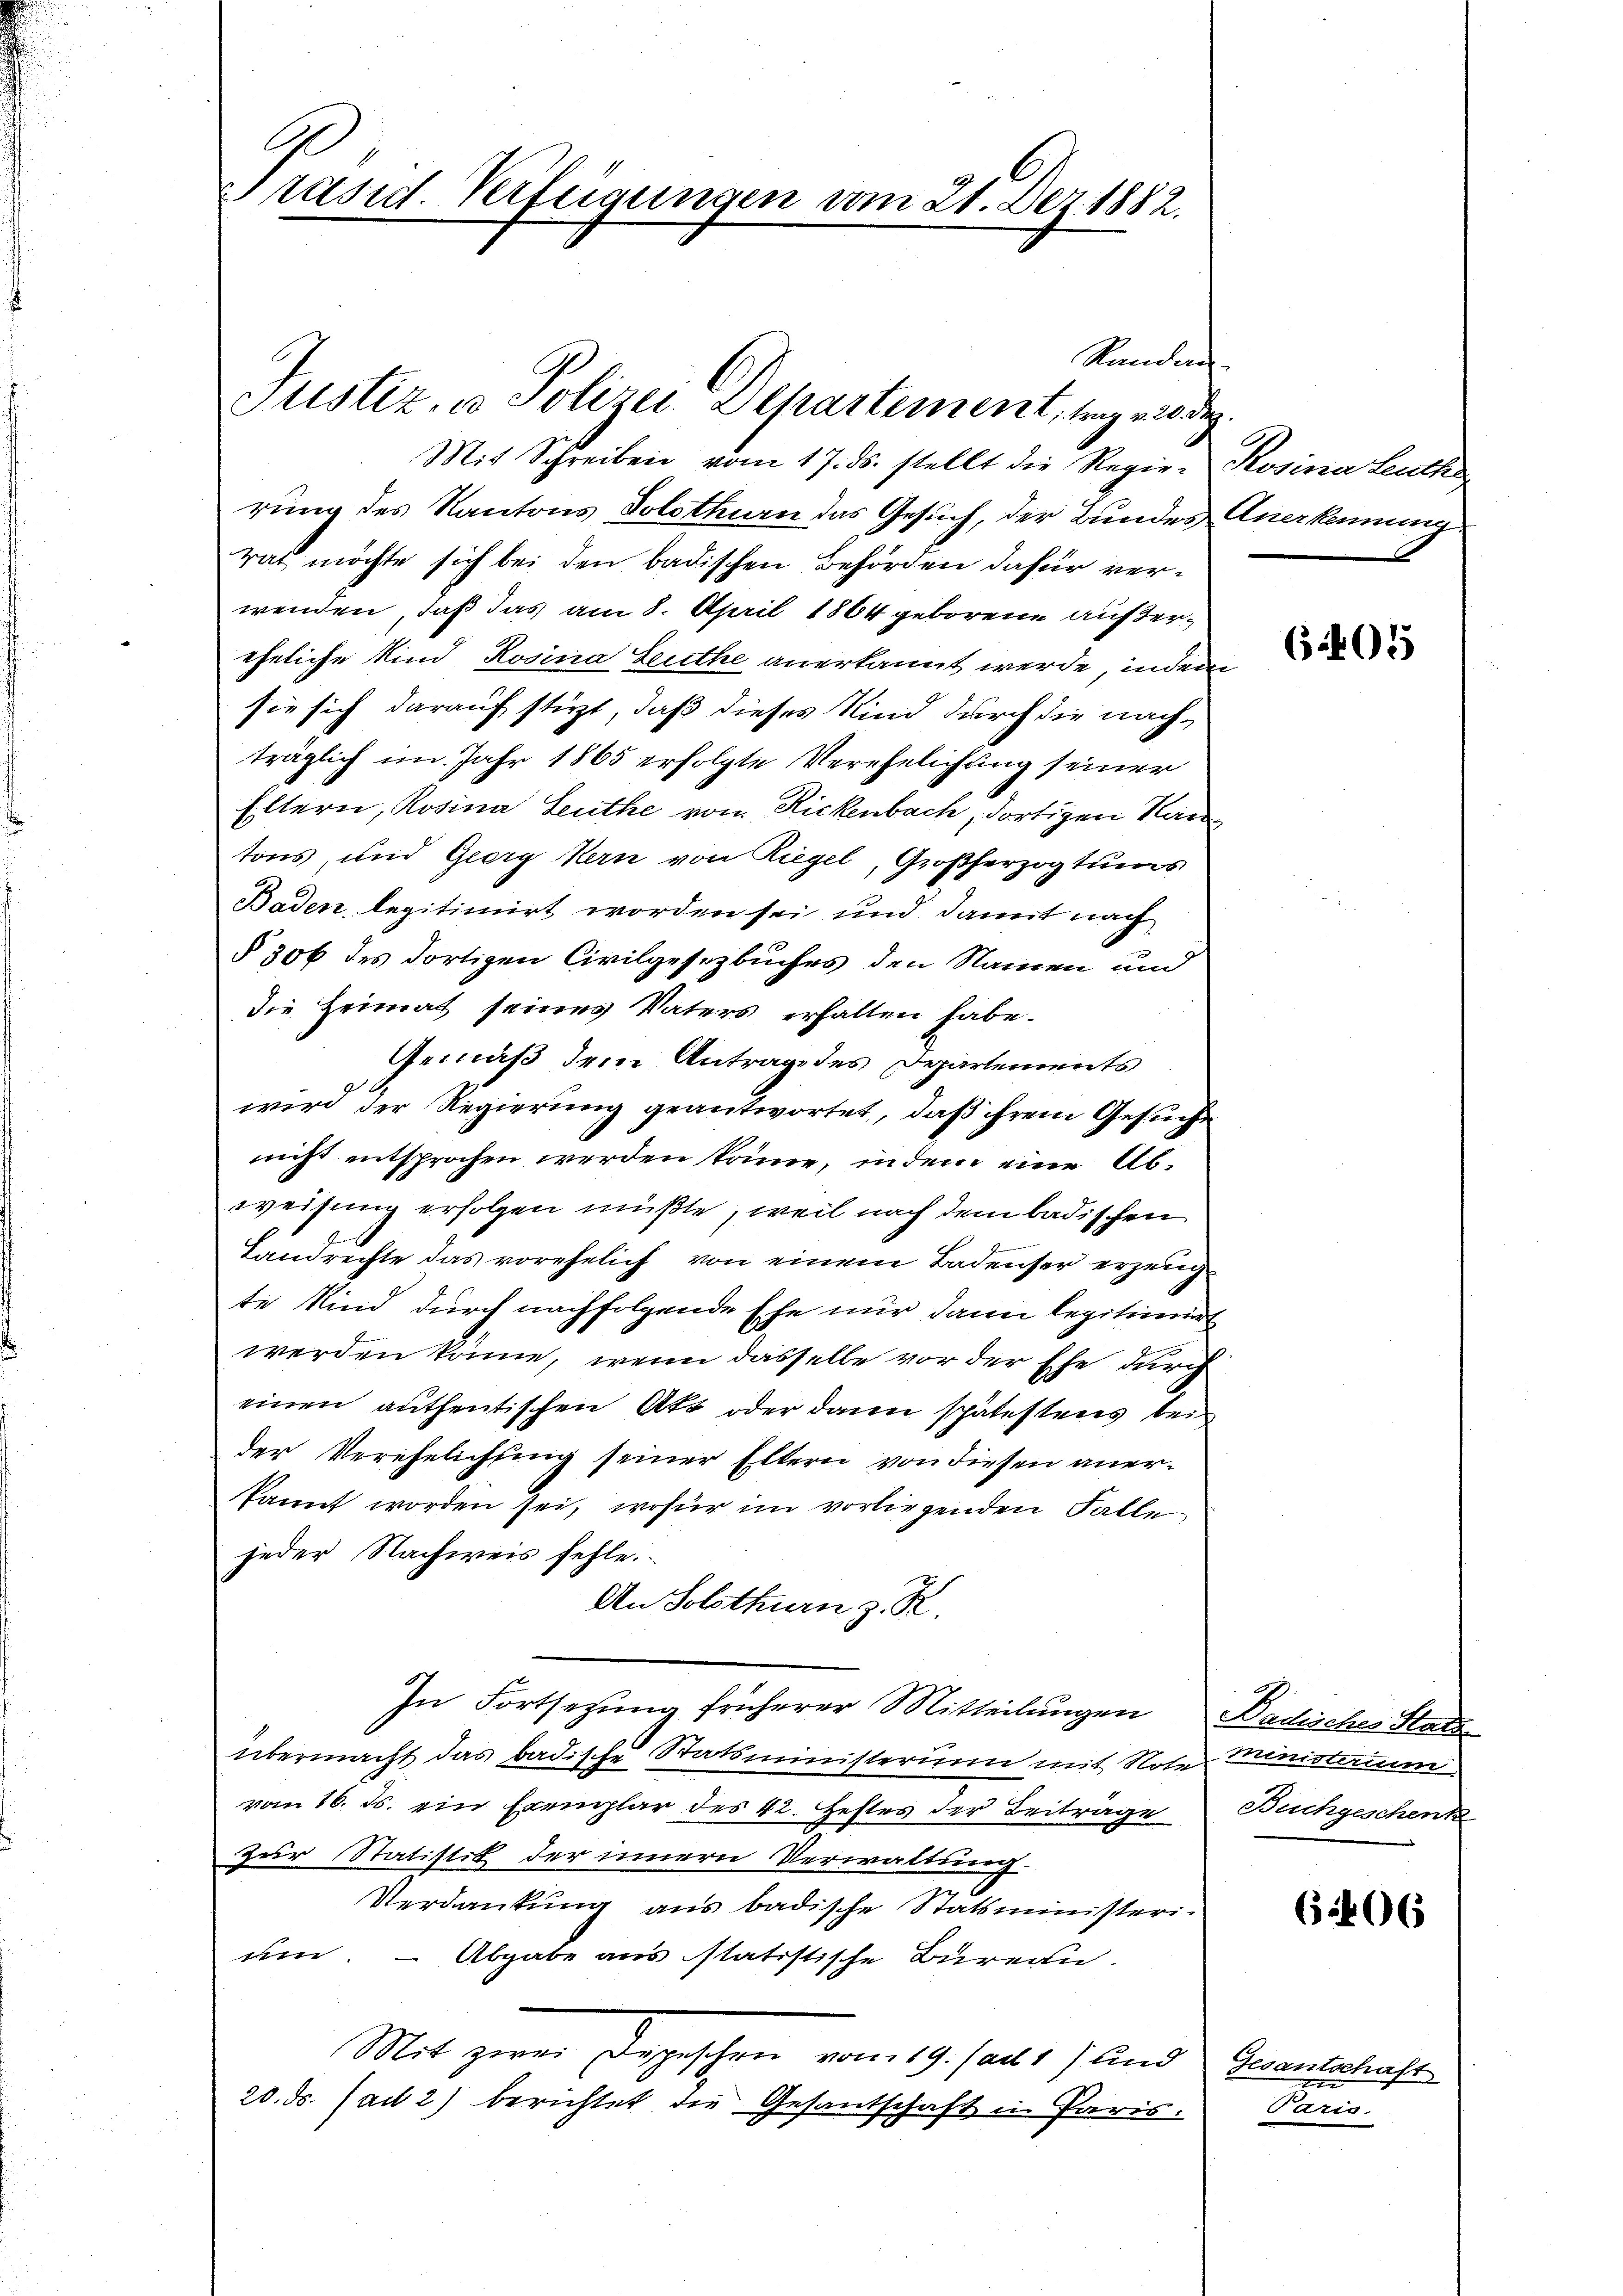
G
räsid. Verfügungen vom 21. Dez. 1882.

Stander
Justiz, u. Polizei-Departement, trag 220. Dez.

Mit Schreiben vom 17. ds. stellt die Regie- Rosina Leuth
rung des Kantons Solothurn das Gesuch, der Bundes Anerkennung
rat möchte sich bei den badischen Behörden dafür verwenden, daß das am 8. April 1864 geborene außereheliche Kind, Rosina Leuthe anerkannt werde, indem
sie sich darauf stürzt, daß dieses Kind durch die nachträglich im Jahr 1865 erfolgte Verehelichung seiner
Eltern, Rosina Leuthe vom Rickenbach, dortigen Ran
tons, und Georg Kern von Riegel, Großherzogtums
Baden, legitimirt worden sei und damit nach
§ 306 des dortigen Civilgesezbuches den Namen und
die Heimat seines Vaters erhalten habe.
Gemäß dem Antrage des Departements
wird der Regierung geantwortet, daß ihrem Gesuche
nicht entsprochen werden könne, indem eine Abweisung erfolgen müßte, weil nach dem badischen
F
Landrechte das vorehelich von einem Badenser erzeugte Kind durch nachfolgende Ehe nur dann legitimirt
werden könne, wenn dasselbe vor der Ehe durch
einen authentischen Akt oder dann spätestens bei
der Verehelichung seiner Eltern von diesen anerkannt worden sei, wofür im vorliegenden Falle
jeder Nachweis fehle.
An Solothurn z. R.
In Fortsezung früherer Mitteilungen Badisches Statte
übermacht das badische Statsministerium mit Note Ministerum
vom 16. Js. ein Exemplar des 42. Hehles der Beiträge
Zur Statistik der innern Verwaltung.
7
Verdankung aus badische Statsministeri-
um
Abgabe aus statistische Bureau.
Mit zwei Depeschen vom 19. Jan 1) und Gesantschaft
20. ds. (ad 2) berichtet die Gesantschaft in Paris.

601

Buchgeschenk

6206

kann.